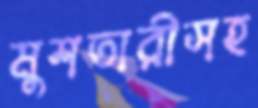
মুশতারীসহ